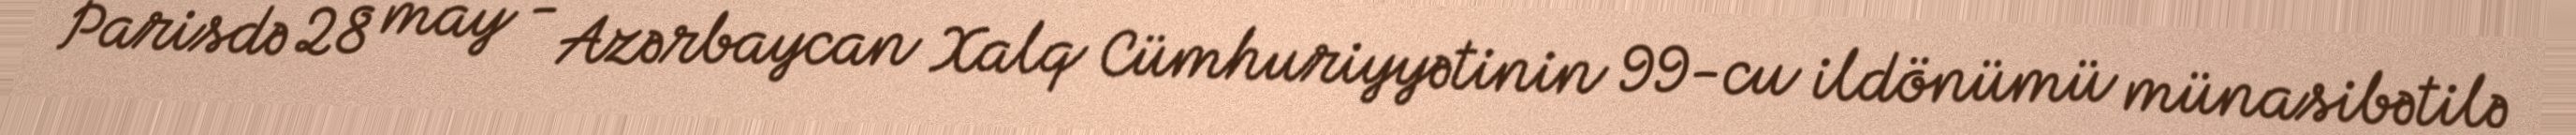
Parisdə 28 may - Azərbaycan Xalq Cümhuriyyətinin 99-cu ildönümü münasibətilə